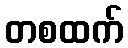
တစထက်